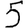
Digit: 5